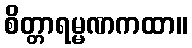
စိတ္တာရမ္မဏကထာ။